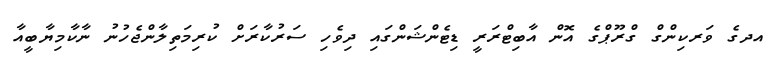
އދގެ ވަރކިންގް ގްރޫޕްގެ އޮން އާބިޓްރަރީ ޑިޓެންޝަންގައި ދިވެހި ސަރުކާރަށް ކުރިމަތިލާންޖެހުނު ނާކާމިޔާބީއާ